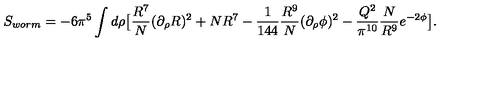
S _ { w o r m } = - 6 \pi ^ { 5 } \int d \rho \big [ { \frac { R ^ { 7 } } { N } } ( \partial _ { \rho } R ) ^ { 2 } + N R ^ { 7 } - { \frac { 1 } { 1 4 4 } } { \frac { R ^ { 9 } } { N } } ( \partial _ { \rho } \phi ) ^ { 2 } - { \frac { Q ^ { 2 } } { \pi ^ { 1 0 } } } { \frac { N } { R ^ { 9 } } } e ^ { - 2 \phi } \big ] .